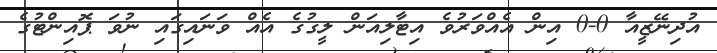
އުދިނޭޒީއާ 0-0 އިން އެއްވަރުވެ އިޓާލިއަން ލީގުގެ އެއް ވަނައިގައި ނުވަ ޕޮއިންޓުގެ